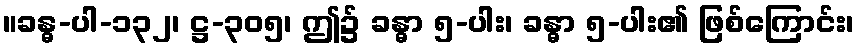
။ခန္ဓ-ပါ-၁၃၂၊ ဋ္ဌ-၃၀၅၊ ဤ၌ ခန္ဓာ ၅-ပါး၊ ခန္ဓာ ၅-ပါး၏ ဖြစ်ကြောင်း၊